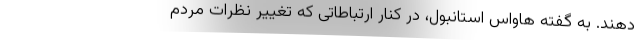
دهند. به گفته هاواس استانبول، در کنار ارتباطاتی که تغییر نظرات مردم